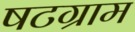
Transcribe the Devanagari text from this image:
षटग्राम